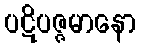
ပဋိပဇ္ဇမာနော